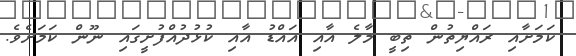
ކަމަށާއި ރައްޔިތުން ތިބީ މާލެ އާއި އައްޑު އާއި ކުޅުދުއްފުށީގައި ނޫން ކަމަށެވެ.